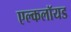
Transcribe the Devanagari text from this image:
एल्कलॉयड